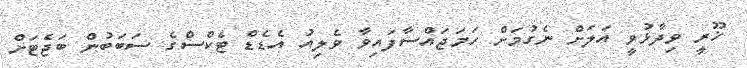
ޚޫރީ ވިދާޅުވީ އަލަށް ނެގުމަށް ހަމަޖައްސާފައިވާ ވެލިއު އެޑެޑް ޓެކްސްގެ ސަބަބުން ބަޖެޓަށް